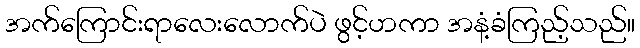
အက်ကြောင်းရာလေးလောက်ပဲ ဖွင့်ဟကာ အနံ့ခံကြည့်သည်။